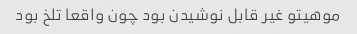
موهیتو غیر قابل نوشیدن بود چون واقعا تلخ بود